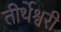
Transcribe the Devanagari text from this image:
तीर्थेश्वरी